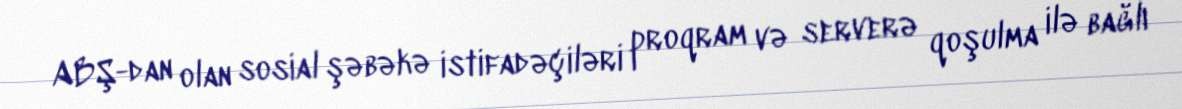
ABŞ-dan olan sosial şəbəkə istifadəçiləri proqram və serverə qoşulma ilə bağlı